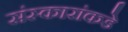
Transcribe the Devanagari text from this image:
संस्कारांकडे